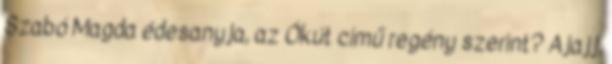
Szabó Magda édesanyja, az Ókút című regény szerint? Ajajj,